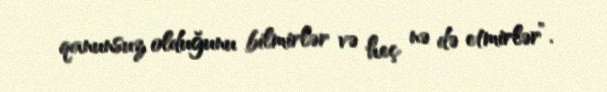
qanunsuz olduğunu bilmirlər və heç nə də etmirlər”.